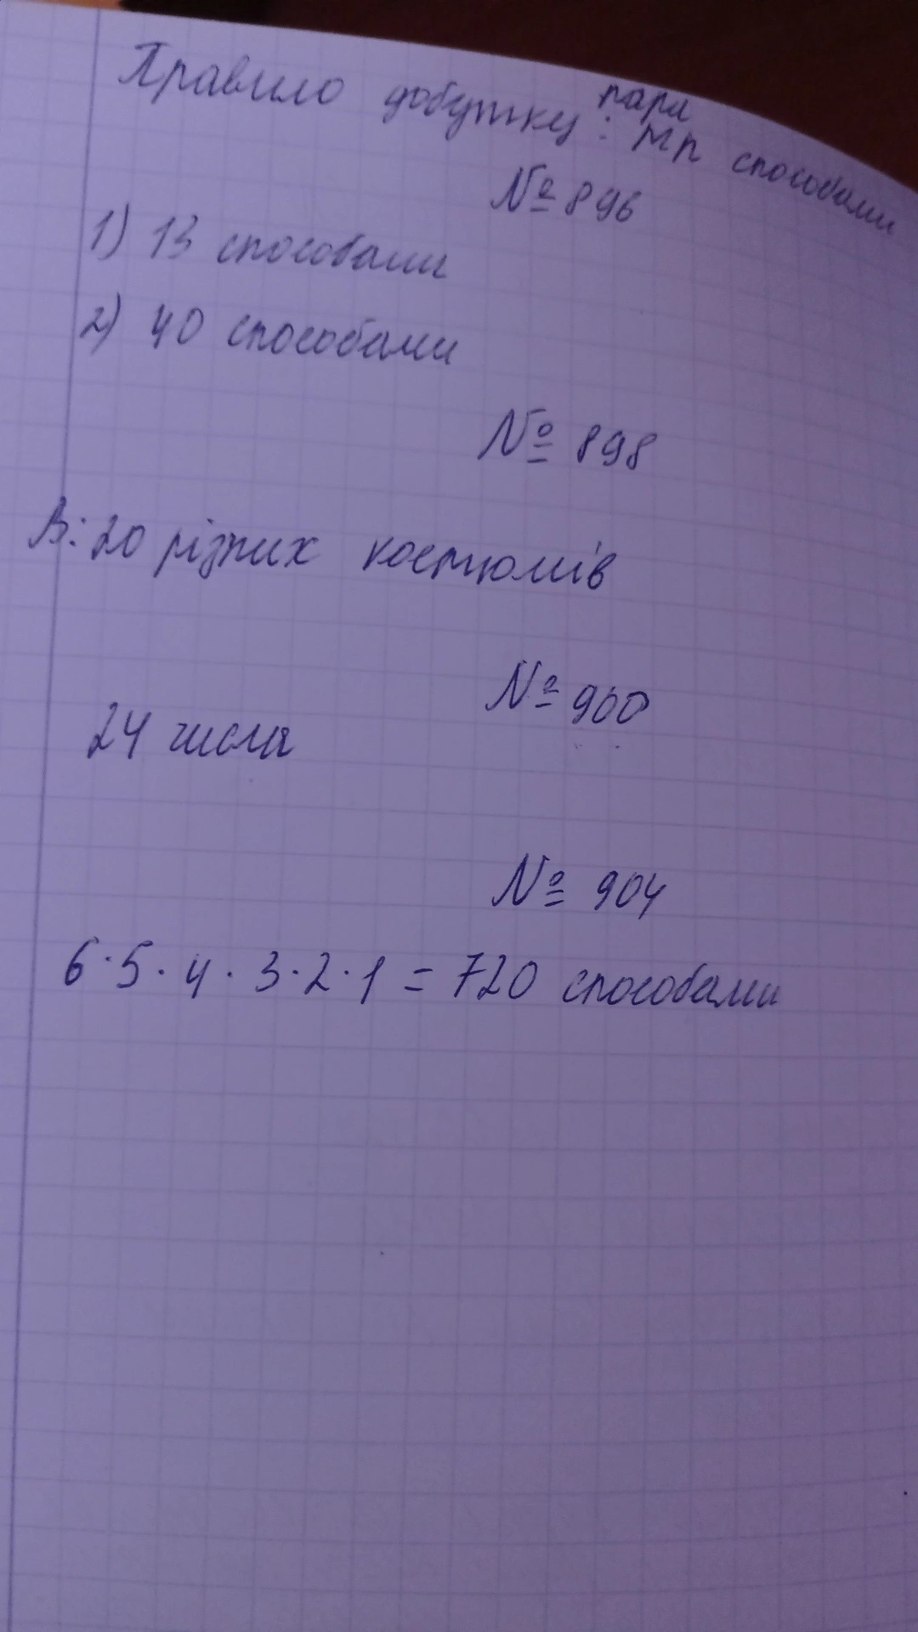
Правило добутку пари: mn способами
№ 896
1) 13 способами
2) 40 способами
№ 898
В: 20 різних костюмів
№ 900
24 числа
№ 904
6 * 5 * 4 * 3 * 2 * 1 = 720 способами